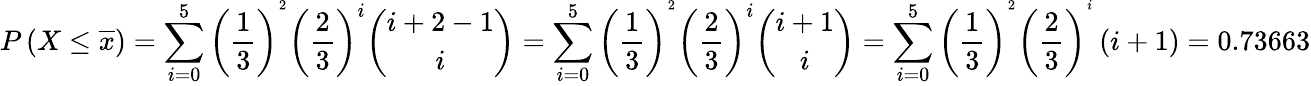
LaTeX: P\left(X\le\overline{{x}}\right)=\sum_{i=0}^{5}\left(\frac{1}{3}\right)^{^2}\left(\frac{2}{3}\right)^{i}\binom{i+2-1}{i}=\sum_{i=0}^{5}\left(\frac{1}{3}\right)^{^2}\left(\frac{2}{3}\right)^{i}\binom{i+1}{i}=\sum_{i=0}^{5}\left(\frac{1}{3}\right)^{^2}\left(\frac{2}{3}\right)^{^i}\left(i+1\right)=0.73663